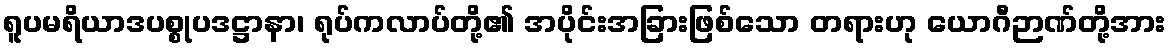
ရူပမရိယာဒပစ္စုပဒဋ္ဌာနာ၊ ရုပ်ကလာပ်တို့၏ အပိုင်းအခြားဖြစ်သော တရားဟု ယောဂီဉာဏ်တို့အား